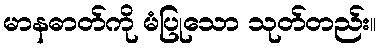
မာနဓာတ်ကို မံပြုသော သုတ်တည်း။